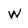
Character: W